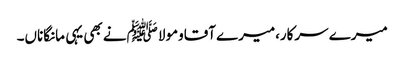
میرے سرکار،میرے آقاومولا ﷺنے بھی یہی مانگاناں۔